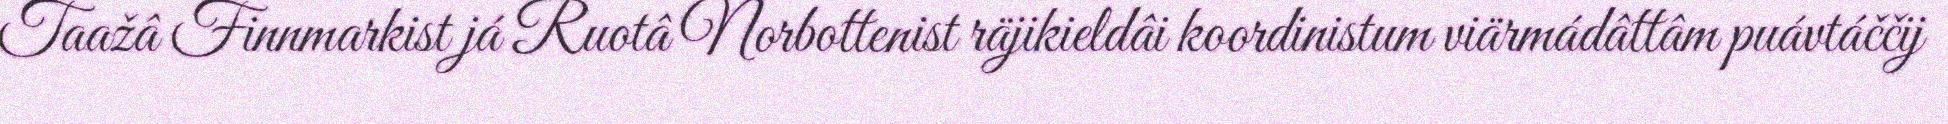
Taažâ Finnmarkist já Ruotâ Norbottenist räjikieldâi koordinistum viärmádâttâm puávtáččij